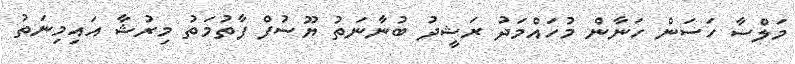
މަލްސާ ހަސަން ހަނާން މުހައްމަދު ރަޝީދު ބުނާނަތު ޔޫސުފް ފާތުމަތު މިރުޝާ އައިމިނަތު